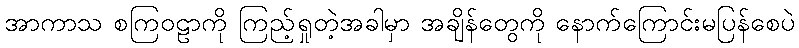
အာကာသ စကြဝဠာကို ကြည့်ရှုတဲ့အခါမှာ အချိန်တွေကို နောက်ကြောင်းမပြန်စေပဲ